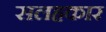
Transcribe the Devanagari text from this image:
सलहकार